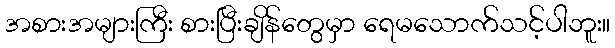
အစားအများကြီး စားပြီးချိန်တွေမှာ ရေမသောက်သင့်ပါဘူး။